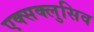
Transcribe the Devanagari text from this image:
एक्सक्लुसिव